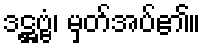
ဒဋ္ဌဗ္ဗံ၊ မှတ်အပ်၏။